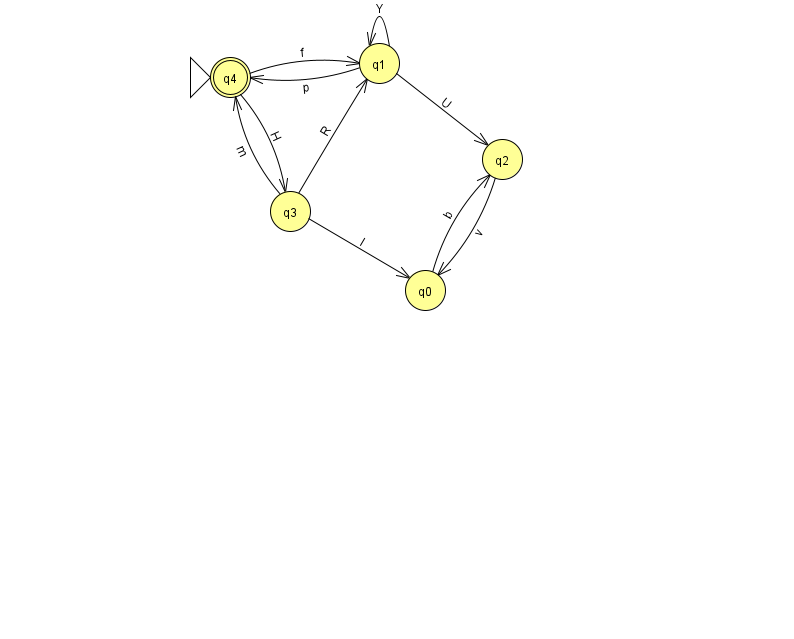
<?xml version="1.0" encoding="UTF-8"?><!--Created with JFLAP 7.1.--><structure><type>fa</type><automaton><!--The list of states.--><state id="0" name="q0"><x>425.0</x><y>277.0</y></state><state id="1" name="q1"><x>379.0</x><y>50.0</y></state><state id="2" name="q2"><x>502.0</x><y>146.0</y></state><state id="3" name="q3"><x>290.0</x><y>198.0</y></state><state id="4" name="q4"><x>230.0</x><y>64.0</y><initial/><final/></state><!--The list of transitions.--><transition><from>0</from><to>2</to><read>b</read></transition><transition><from>2</from><to>0</to><read>v</read></transition><transition><from>4</from><to>3</to><read>H</read></transition><transition><from>1</from><to>1</to><read>Y</read></transition><transition><from>1</from><to>2</to><read>U</read></transition><transition><from>4</from><to>1</to><read>f</read></transition><transition><from>3</from><to>0</to><read>I</read></transition><transition><from>1</from><to>4</to><read>p</read></transition><transition><from>3</from><to>4</to><read>m</read></transition><transition><from>3</from><to>1</to><read>R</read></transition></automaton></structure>